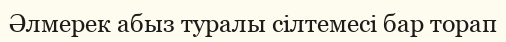
Әлмерек абыз туралы сілтемесі бар торап